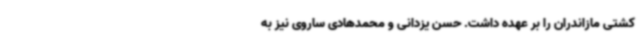
کشتی مازاندران را بر عهده داشت. حسن یزدانی و محمدهادی ساروی نیز به